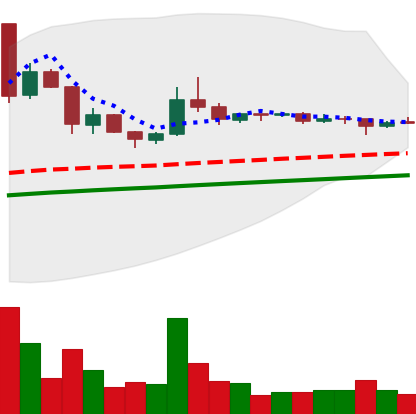
Ticker: DOGE-USD
Chart end date: 2020-07-29
Forward return: 6.172%
Label: up_5_7